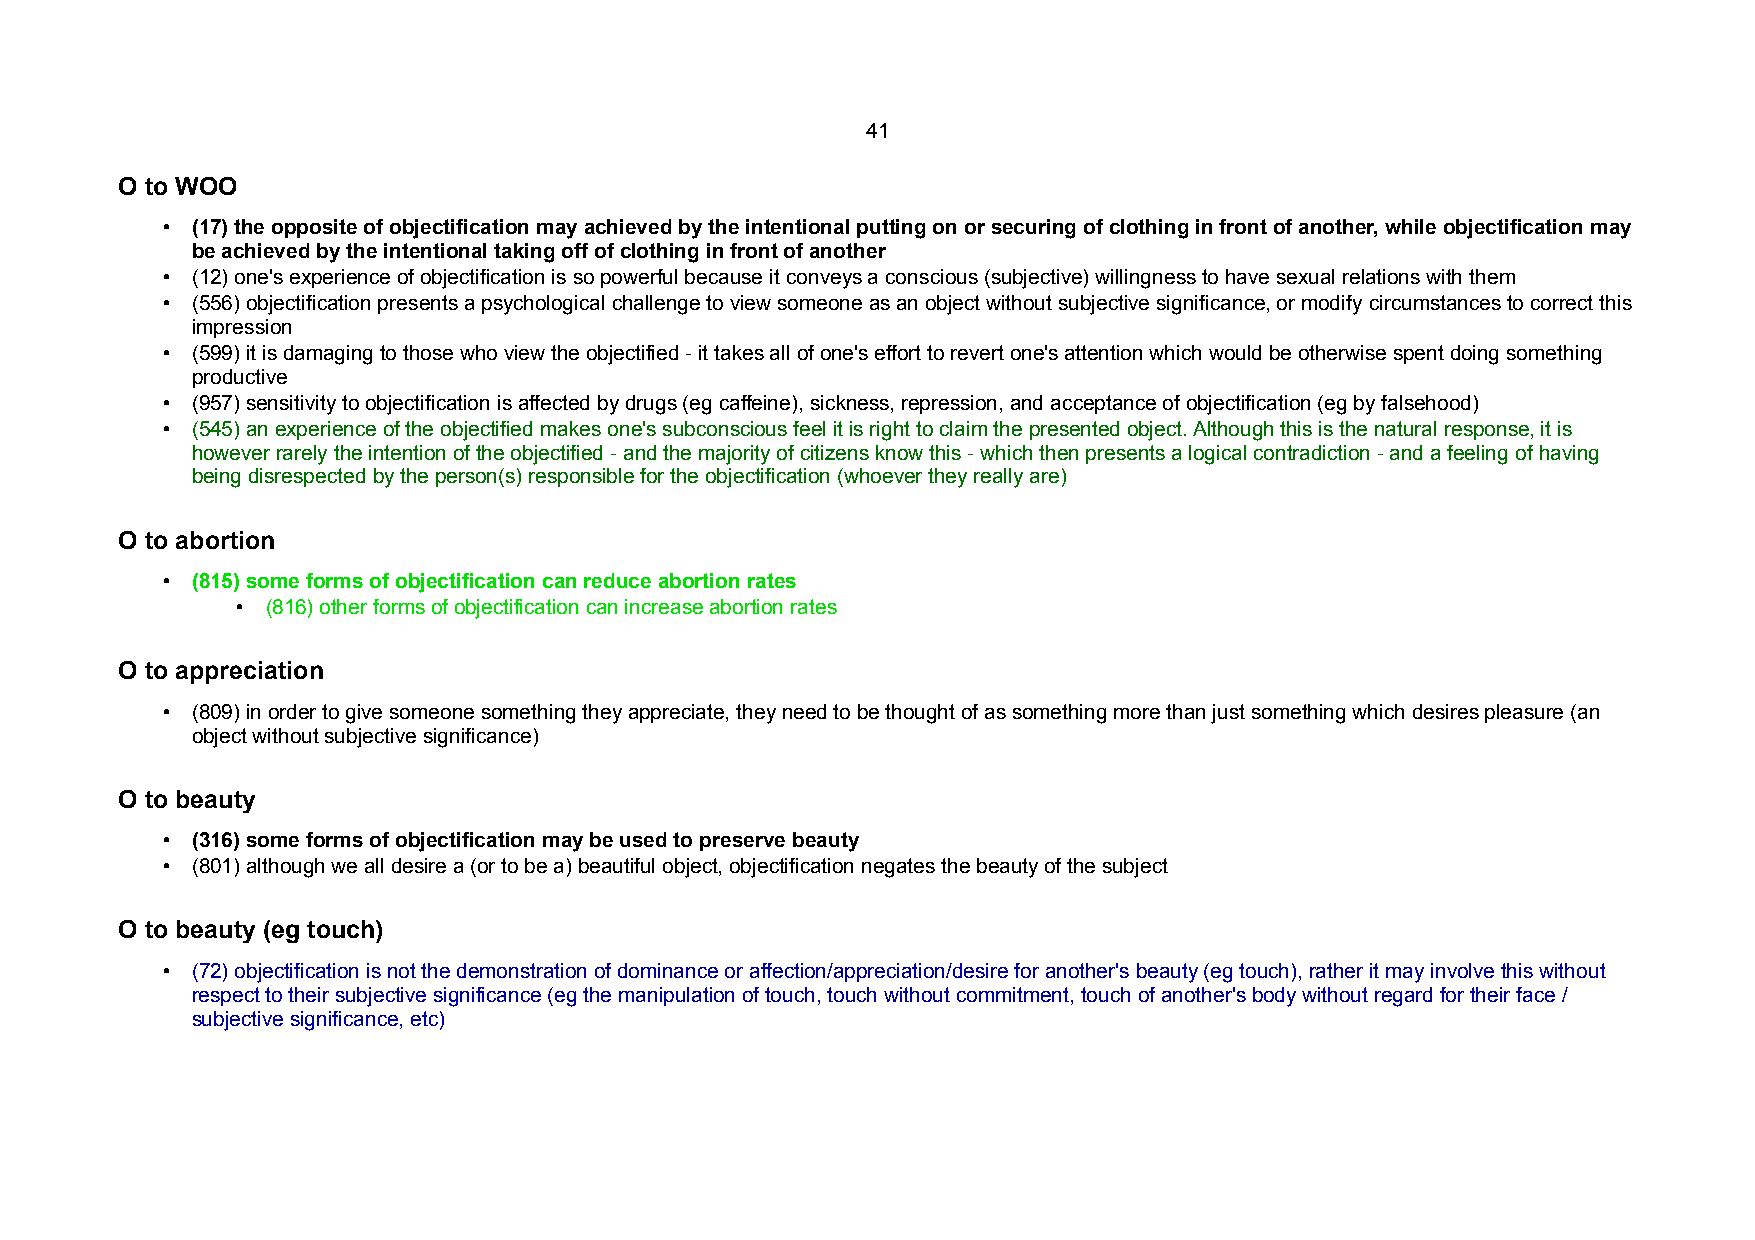
41
 O to WOO
 • (17) the opposite of objectification may achieved by the intentional putting on or securing of clothing in front of another, while objectification may
 be achieved by the intentional taking off of clothing in front of another
 • (12) one's experience of objectification is so powerful because it conveys a conscious (subjective) willingness to have sexual relations with them
 • (556) objectification presents a psychological challenge to view someone as an object without subjective significance, or modify circumstances to correct this
 impression
 • (599) it is damaging to those who view the objectified - it takes all of one's effort to revert one's attention which would be otherwise spent doing something
 productive
 • (957) sensitivity to objectification is affected by drugs (eg caffeine), sickness, repression, and acceptance of objectification (eg by falsehood)
 • (545) an experience of the objectified makes one's subconscious feel it is right to claim the presented object. Although this is the natural response, it is
 however rarely the intention of the objectified - and the majority of citizens know this - which then presents a logical contradiction - and a feeling of having
 being disrespected by the person(s) responsible for the objectification (whoever they really are)
 O to abortion
 • (815) some forms of objectification can reduce abortion rates
 • (816) other forms of objectification can increase abortion rates
 O to appreciation
 • (809) in order to give someone something they appreciate, they need to be thought of as something more than just something which desires pleasure (an
 object without subjective significance)
 O to beauty
 • (316) some forms of objectification may be used to preserve beauty
 • (801) although we all desire a (or to be a) beautiful object, objectification negates the beauty of the subject
 O to beauty (eg touch)
 • (72) objectification is not the demonstration of dominance or affection/appreciation/desire for another's beauty (eg touch), rather it may involve this without
 respect to their subjective significance (eg the manipulation of touch, touch without commitment, touch of another's body without regard for their face /
 subjective significance, etc)